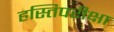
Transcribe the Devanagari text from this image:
हस्तिपरीक्षा